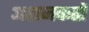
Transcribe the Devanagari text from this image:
अराजकतों